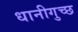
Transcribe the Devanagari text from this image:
धानीगुच्छ